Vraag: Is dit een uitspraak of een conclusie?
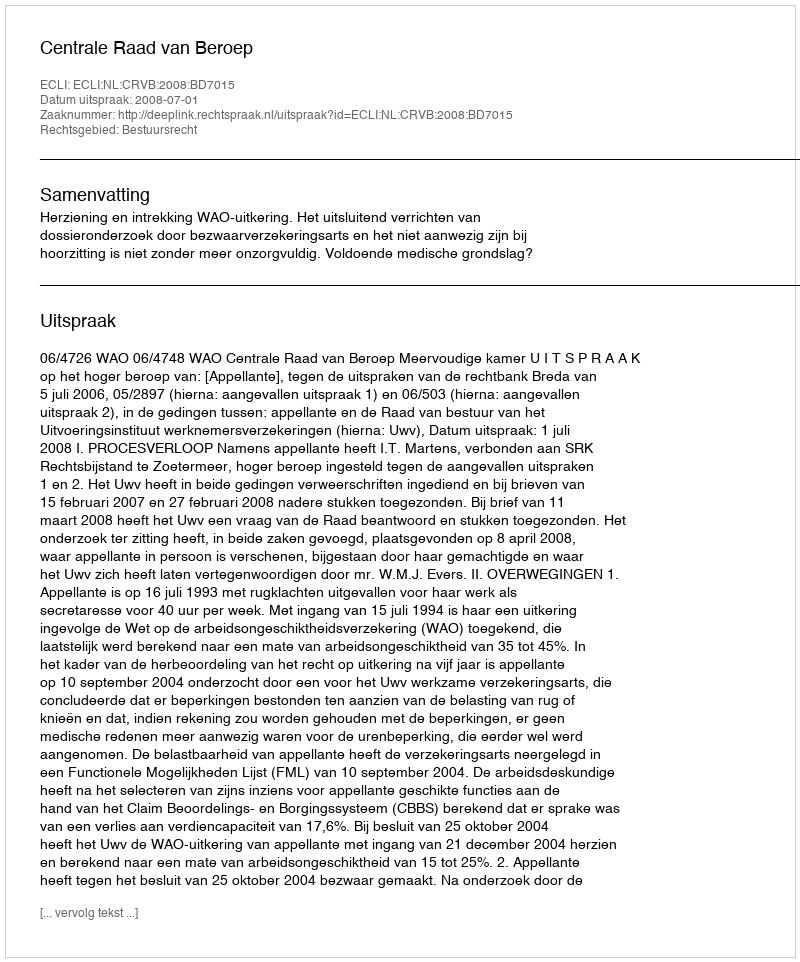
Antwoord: Uitspraak